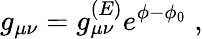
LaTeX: g_{\mu\nu}=g_{\mu\nu}^{(E)}e^{\phi-\phi_{0}}\; ,